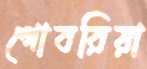
গোবরিয়া